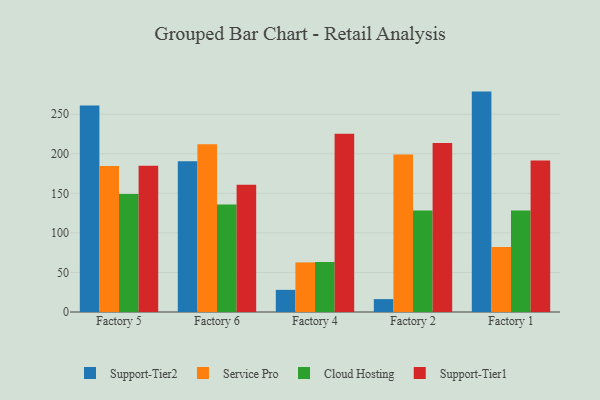
{"axis": {"x": "Factory", "y": "Net Income (USD K)"}, "legend": ["Cloud Hosting", "Service Pro", "Support-Tier1", "Support-Tier2"], "data": [{"x": "Factory 5", "y": 260.9, "type": "Support-Tier2"}, {"x": "Factory 5", "y": 184.6, "type": "Service Pro"}, {"x": "Factory 5", "y": 149.1, "type": "Cloud Hosting"}, {"x": "Factory 5", "y": 185.0, "type": "Support-Tier1"}, {"x": "Factory 6", "y": 190.7, "type": "Support-Tier2"}, {"x": "Factory 6", "y": 212.2, "type": "Service Pro"}, {"x": "Factory 6", "y": 136.0, "type": "Cloud Hosting"}, {"x": "Factory 6", "y": 160.7, "type": "Support-Tier1"}, {"x": "Factory 4", "y": 28.0, "type": "Support-Tier2"}, {"x": "Factory 4", "y": 62.7, "type": "Service Pro"}, {"x": "Factory 4", "y": 63.2, "type": "Cloud Hosting"}, {"x": "Factory 4", "y": 225.2, "type": "Support-Tier1"}, {"x": "Factory 2", "y": 16.3, "type": "Support-Tier2"}, {"x": "Factory 2", "y": 199.1, "type": "Service Pro"}, {"x": "Factory 2", "y": 128.3, "type": "Cloud Hosting"}, {"x": "Factory 2", "y": 213.5, "type": "Support-Tier1"}, {"x": "Factory 1", "y": 278.6, "type": "Support-Tier2"}, {"x": "Factory 1", "y": 82.3, "type": "Service Pro"}, {"x": "Factory 1", "y": 128.3, "type": "Cloud Hosting"}, {"x": "Factory 1", "y": 191.6, "type": "Support-Tier1"}]}